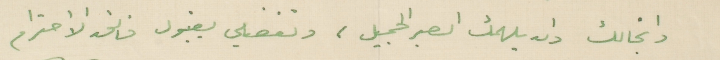
وانجالك وان يلهمك الصبر الجميل ، وتفضلي بقبول فائق الأحترام